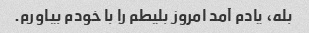
بله، یادم آمد امروز بلیطم را با خودم بیاورم.